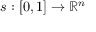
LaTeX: s : [ 0 , 1 ] \to \mathbb { R } ^ { n }